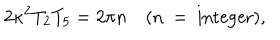
LaTeX: 2 \kappa ^ { 2 } T _ { 2 } T _ { 5 } = 2 \pi n \quad ( \mathrm { n ~ = ~ i n t e g e r } ) ,